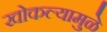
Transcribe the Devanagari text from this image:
खोकल्यामुळे